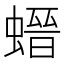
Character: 𧎽